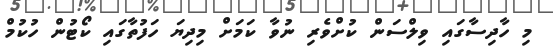
މި ހާދިސާގައި ވިލްސަން ކުށްވެރި ނުވާ ކަމަށް މިދިޔަ ހަފުތާގައި ކޯޓުން ހުކުމް